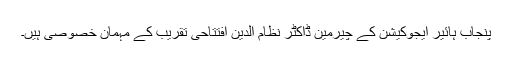
پنجاب ہائیر ایجوکیشن کے چیرمین ڈاکٹر نظام الدین افتتاحی تقریب کے مہمان خصوصی ہیں۔